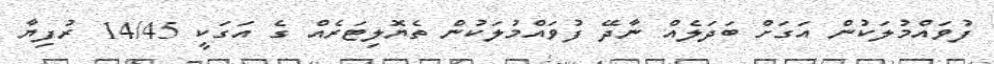
ފުވައްމުލަކުން އަގަށް ބަދަލެއް ނާދޭ ފުވައްމުލަކުން ތެޔޮލިޓަރެއް ގެ އަގަކީ 14/45 ރުފިޔާ